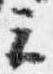
云